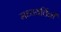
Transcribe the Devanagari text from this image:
मध्यवर्तिनी